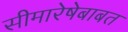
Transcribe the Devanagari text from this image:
सीमारेषेबाबत